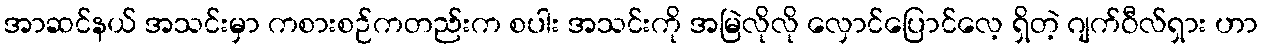
အာဆင်နယ် အသင်းမှာ ကစားစဉ်ကတည်းက စပါး အသင်းကို အမြဲလိုလို လှောင်ပြောင်လေ့ ရှိတဲ့ ဂျက်ဝီလ်ရှား ဟာ